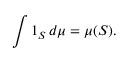
\int 1 _ { S } \, d \mu = \mu ( S ) .